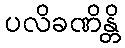
ပလိခဏိန္တိ